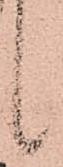
候